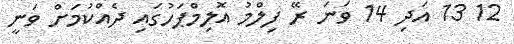
12 13 އަދި 14 ވަނަ ރޭ ފިލްމު އޮލިމްޕަހުގައި ދެއްކުމަށް ވަނީ